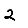
Digit: 2